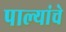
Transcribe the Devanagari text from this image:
पाल्यांचे